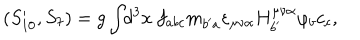
LaTeX: ( S _ { 1 0 } ^ { \prime } , S _ { 7 } ) = g \int \! \! d ^ { 3 } x ~ f _ { a b c } m _ { b ^ { \prime } a } \varepsilon _ { \mu \nu \alpha } H _ { b ^ { \prime } } ^ { \mu \nu \alpha } \varphi _ { b } c _ { c } ,